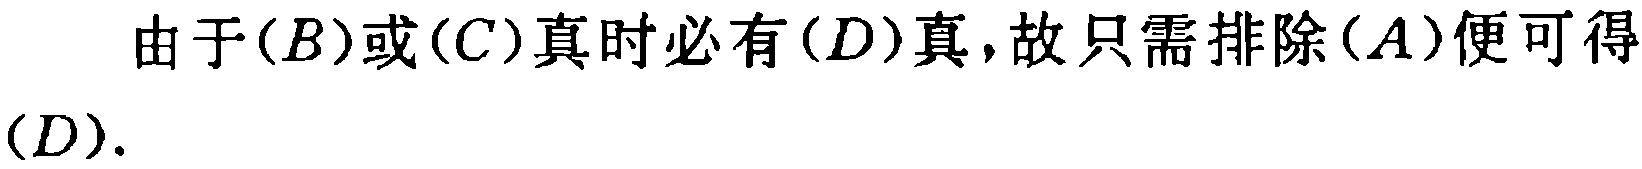
由于$(B)$或$(C)$真时必有$(D)$真，故只需排除$(A)$便可得$(D)$.